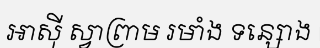
អាស៊ី ស្វាព្រាម រមាំង ទន្សោង